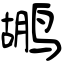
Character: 鹕